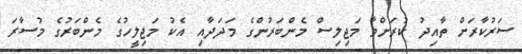
ސަރުކާރަށް ތާއިދު ކުރަށްވާ މަޖިލިސް މެންބަރުންގެ މަދަދާއި އެކު މަޖިލީހުގެ މެންބަރުގެ މުސާރަ